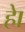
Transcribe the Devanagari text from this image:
हाे